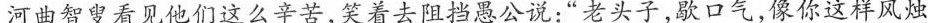
河曲智叟看见他们这么辛苦，笑着去阻挡愚公说：“老头子，歇口气，像你这样风烛